Medical and sanitary report of the native army of Madras for the year
Year: 1878
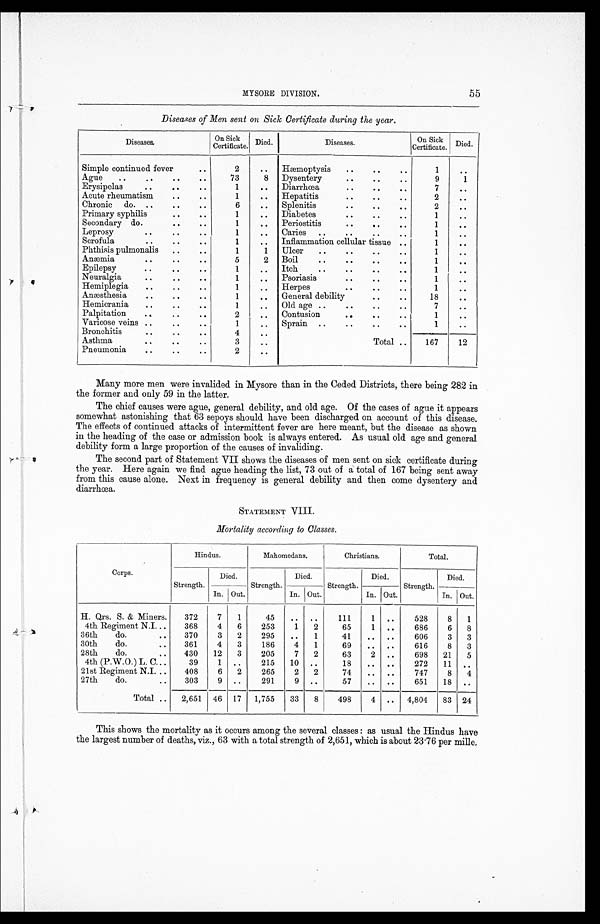
MYSORE DIVISION.
55
Diseases of Men sent on Sick Certificate during the year.
Diseases.
On Sick
Certificate. Died.
Diseases.
On Sick
Certificate. Died.
Simple continued fever
. .
. .
2
..
Hæmoptysis
..
. .
..
1
. .
Ague
..
..
..
..
73
8 Dysentery
..
..
..
9
1
Erysipelas
. .
. .
. .
1
. . Diarrhœa
..
..
. .
7
..
Acute rheumatism
..
..
1
..
Hepatitis
. .
..
. .
2
..
Chronic do. ..
. .
..
6
..
Splenitis
..
..
..
2
. .
Primary syphilis
..
..
1
. . Diabetes
. .
..
..
1
. .
Secondary do.
. .
. .
1
. . Periostitis
. .
..
. .
1
. .
Leprosy
..
. .
. .
1
. . Caries ..
. .
. .
. .
1
. .
Scrofula
..
. .
. .
1
..
Inflammation cellular tissue ..
1
. .
Phthisis pulmonalis
..
..
1
1
Ulcer
..
. .
..
..
1
. .
Anæmia
..
..
. .
5
2 Boil
..
. .
..
. .
1
. .
Epilepsy
. .
. .
. .
1
. . Itch
..
. .
..
. .
1
. .
Neuralgia
. .
. .
. .
1
. . Psoriasis
. .
..
. .
1
. .
Hemiplegia
..
..
..
1
. . Herpes
. .
..
..
1
. .
Anæsthesia
. .
..
. .
1
. . General debility
..
. .
18
. .
Hemicrania
. .
. .
. .
1
. . Old age ..
. .
..
. .
7
. .
Palpitation
. .
. .
. .
2
. . Contusion
. .
..
. .
1
. .
Varicose veins ..
..
. .
1
..
Sprain ..
..
..
. .
1
. .
Bronchitis
..
..
..
4
. .
Total ..
167
12
Asthma
. .
. .
..
3
..
Pneumonia
. .
..
..
2
. .
Many more men were invalided in Mysore than in the Ceded Districts, there being 282 in
the former and only 59 in the latter.
The chief causes were ague, general debility, and old age. Of the cases of ague it appears
somewhat astonishing that 63 sepoys should have been discharged on account of this disease.
The effects of continued attacks of intermittent fever are here meant, but the disease as shown
in the heading of the case or admission book is always entered. As usual old age and general
debility form a large proportion of the causes of invaliding.
The second part of Statement VII shows the diseases of men sent on sick certificate during
the year. Here again we find ague heading the list, 73 out of a total of 167 being sent away
from this cause alone. Next in frequency is general debility and then come dysentery and
diarrhœa.
STATEMENT VIII.
Mortality according to Classes.
Corps.
Hindus.
Mahomedans.
Christians.
Total.
Strength.
Died.
Strength.
Died.
Strength.
Died.
Strength.
Died.
--
In. Out.
In. Out.
In. Out.
In. Out.
H. Qrs. S. & Miners.
372
7
1
45
..
. .
111
1 ..
528
8
1
4th Regiment N.I. . . 368
4
6
253
1
2
65
1 ..
686
6
8
36th
do.
..
370
3
2
295
..
1
41
..
. .
606
3
3
30th
do.
..
361
4
3
186
4
1
69
.. ..
616
8
3
28th
do.
..
430
12
3
205
7
2
63
2 ..
698
21
5
4th (P.W.O.) L. C. . .
39
1
. .
215
10 ..
18
.. ..
272
11
. .
21st Regiment N.I. ..
408
6
2
265
2
2
74
. . ..
747
8
4
27th
do.
..
303
9 ..
291
9 ..
57
. . ..
651
18
. .
Total ..
2,651 46 17 1,755
33
8
498
4
. . 4,804
83 24
This shows the mortality as it occurs among the several classes : as usual the Hindus have
the largest number of deaths, viz., 63 with a total strength of 2,651, which is about 23.76 per mille.